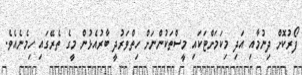
ފޯރުކޮށް ދިނުމާއި އަދި މިކަމަށްޓަކައި މީސްތަކުންނަށް ހިތްވަރުދީ ބާރުއެޅުން މީގެ ތެރޭގައި ހިމެނެއެވެ.